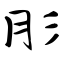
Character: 肜